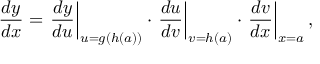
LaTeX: { \frac { d y } { d x } } = \left. { \frac { d y } { d u } } \right| _ { u = g ( h ( a ) ) } \cdot \left. { \frac { d u } { d v } } \right| _ { v = h ( a ) } \cdot \left. { \frac { d v } { d x } } \right| _ { x = a } ,